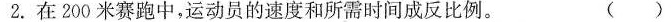
2.在200米赛跑中，运动员的速度和所需时间成反比例。 ()